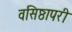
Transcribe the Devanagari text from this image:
वसिष्ठापरी